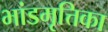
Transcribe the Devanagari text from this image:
भांडमृत्तिका